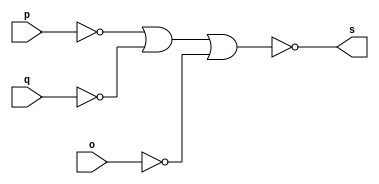
// --------------------- 
// Exemplo0009 - and 
// Nome: Ursula Rosa Monteiro de Castro 
// --------------------- 
// --------------------- 
// -- and gate 
// --------------------- 
module andgate (output s, input p, input q, input o); 
not NOT1 (s1, p);
not NOT2 (s2, q);
not NOT3 (s3, o );
assign s = ~(s1|s2|s3); 
endmodule      // and 
// --------------------- 
// -- test andgate 
// --------------------- 
module testandgate; 
// ------------------------- dados locais 
reg  a,b,c;       // definir registrador 
wire  s;        // definir conexao (fio) 
// ------------------------- instancia 
andgate AND1 (s, a, b, c); 
// ------------------------- preparacao 
initial begin:start 
a=0;     
b=0;  
c=0;
  
end 
// ------------------------- parte principal 
initial begin:main 
$display("Exemplo0009 - Ursula Rosa - 427468"); 
$display("Test and gate"); 
$display("\n a & b & c = s\n"); 
$monitor("%b & %b & %b = %b" , a, b, c, s);
#1  a=0; b=0; c=0;
#1  a=0; b=0; c=1;
#1  a=0; b=1; c=0;
#1  a=0; b=1; c=1;
#1  a=1; b=0; c=0;
#1  a=1; b=0; c=1;
#1  a=1; b=1; c=0;
#1  a=1; b=1; c=1;
end 
endmodule  // testandgate